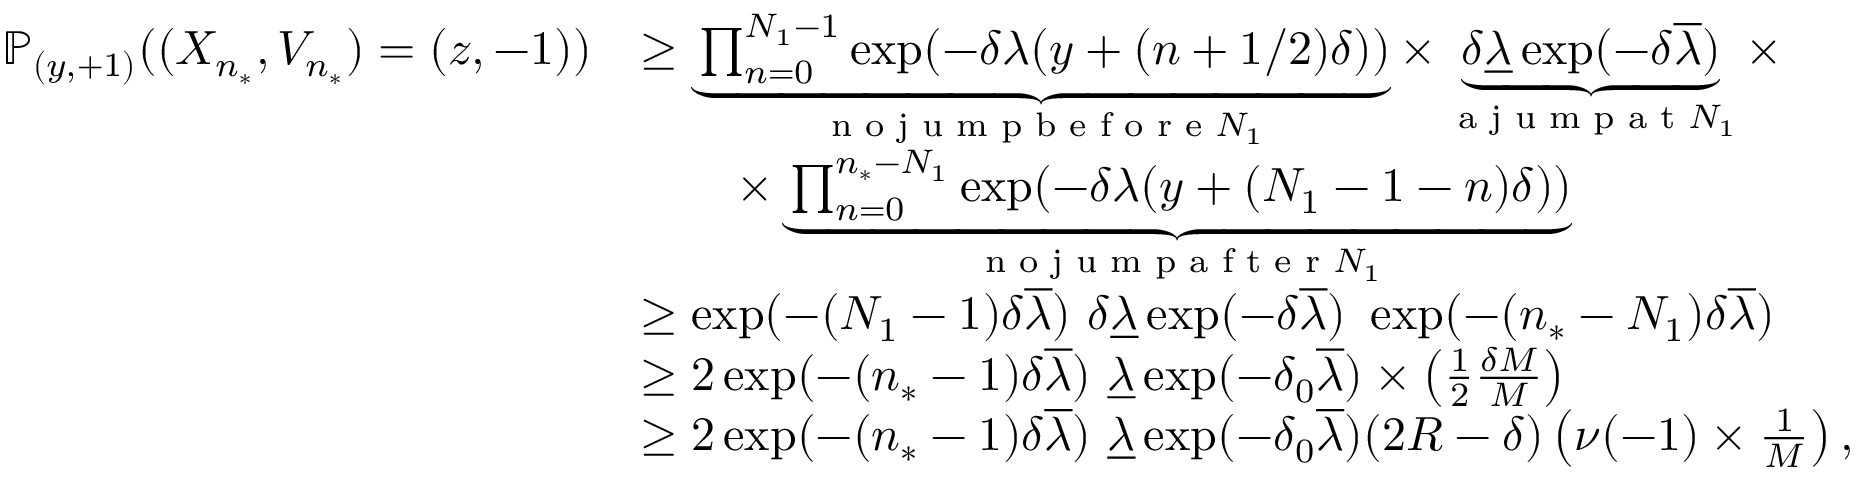
\begin{array} { r l } { \mathbb { P } _ { ( y , + 1 ) } ( ( X _ { n _ { * } } , V _ { n _ { * } } ) = ( z , - 1 ) ) } & { \geq \underbrace { \prod _ { n = 0 } ^ { N _ { 1 } - 1 } \exp ( - \delta \lambda ( y + ( n + 1 / 2 ) \delta ) ) } _ { \textnormal { n o j u m p b e f o r e } N _ { 1 } } \times \underbrace { \delta \underline { { \lambda } } \exp ( - \delta \overline { { \lambda } } ) } _ { \textnormal { a j u m p a t } N _ { 1 } } \times } \\ & { \qquad \times \underbrace { \prod _ { n = 0 } ^ { n _ { * } - N _ { 1 } } \exp ( - \delta \lambda ( y + ( N _ { 1 } - 1 - n ) \delta ) ) } _ { \textnormal { n o j u m p a f t e r } N _ { 1 } } } \\ & { \geq \exp ( - ( N _ { 1 } - 1 ) \delta \overline { { \lambda } } ) \, \, \delta \underline { { \lambda } } \exp ( - \delta \overline { { \lambda } } ) \, \, \exp ( - ( n _ { * } - N _ { 1 } ) \delta \overline { { \lambda } } ) } \\ & { \geq 2 \exp ( - ( n _ { * } - 1 ) \delta \overline { { \lambda } } ) \, \, \underline { { \lambda } } \exp ( - \delta _ { 0 } \overline { { \lambda } } ) \times \left( \frac { 1 } { 2 } \frac { \delta M } { M } \right) } \\ & { \geq 2 \exp ( - ( n _ { * } - 1 ) \delta \overline { { \lambda } } ) \, \, \underline { { \lambda } } \exp ( - \delta _ { 0 } \overline { { \lambda } } ) ( 2 R - \delta ) \left( \nu ( - 1 ) \times \frac { 1 } { M } \right) , } \end{array}